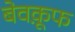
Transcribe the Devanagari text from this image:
बेवक़ूफ